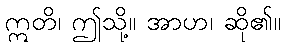
ဣတိ၊ ဤသို့။ အာဟ၊ ဆို၏။